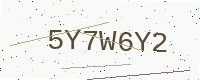
Text: 5Y7W6Y2